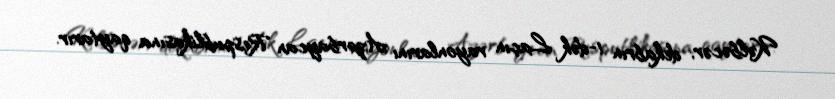
Kəlbəcər, dekabrın 1-dək Laçın rayonlarını Azərbaycan Respublikasına qaytarır.